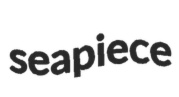
seapiece